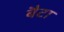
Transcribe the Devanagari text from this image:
बैटा